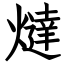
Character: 燵